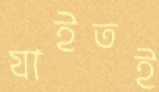
যাইতই